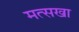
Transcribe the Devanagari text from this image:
मत्सखा